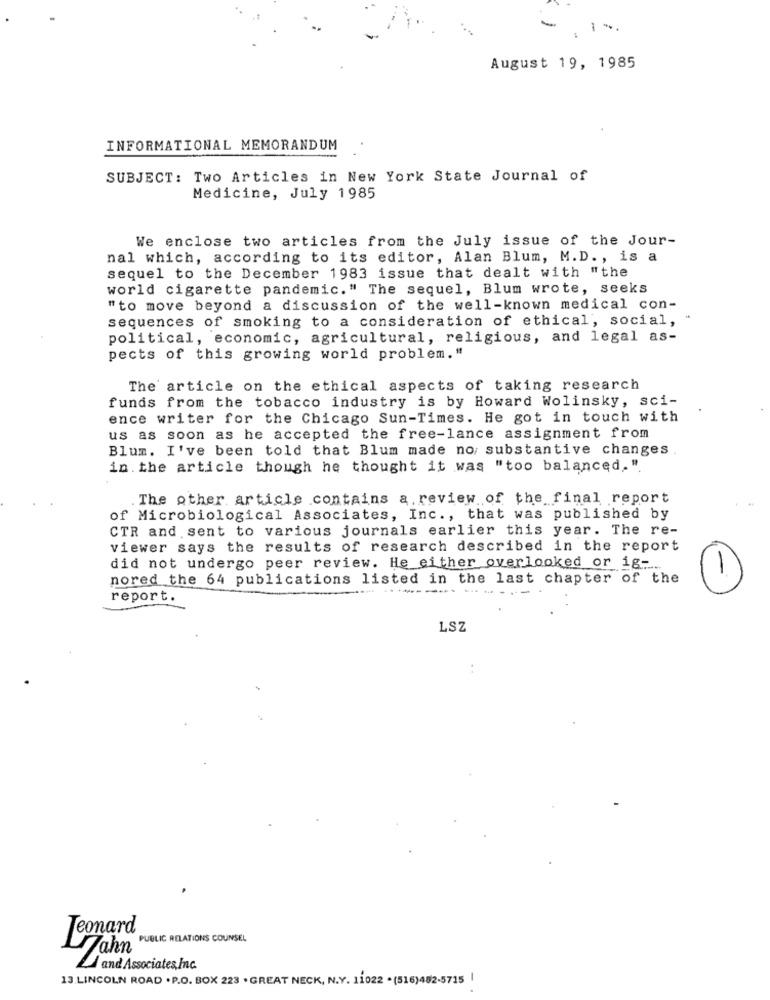
-
August 19, 1985
INFORMATIONAL MEMORANDUM
SUBJECT: Two Articles in New York State Journal of
Medicine, July 1985
We enclose two articles from the July issue of the Jour-
nal which, according to its editor, Alan Blum, M.D ., is a
sequel to the December 1983 issue that dealt with "the
world cigarette pandemic." The sequel, Blum wrote, seeks
"to move beyond a discussion of the well-known medical con-
sequences of smoking to a consideration of ethical, social, *
political, economic, agricultural, religious, and legal as-
pects of this growing world problem."
The article on the ethical aspects of taking research
funds from the tobacco industry is by Howard Wolinsky, sci-
ence writer for the Chicago Sun-Times. He got in touch with
us as soon as he accepted the free-lance assignment from
Blum. I've been told that Blum made no/ substantive changes
in. the article though he thought it was "too balanced.".
The other article contains a review of the final report
of Microbiological Associates, Inc ., that was published by
CTR and sent to various journals earlier this year. The re-
viewer says the results of research described in the report
did not undergo peer review. He either overlooked or ig-
nored the 64 publications listed in the last chapter of the
----- --
1
report.
LSZ
Leonard
PUBLIC RELATIONS COUNSEL
and Associates,Inc.
13.LINCOLN ROAD . P.O. BOX 223 . GREAT NECK, N.Y. 11022 - (516)482-5715 |